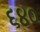
૬૪૦